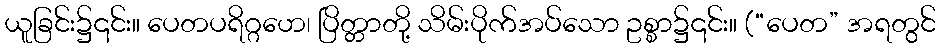
ယူခြင်း၌၎င်း။ ပေတပရိဂ္ဂဟေ၊ ပြိတ္တာတို့ သိမ်းပိုက်အပ်သော ဥစ္စာ၌၎င်း။ (“ပေတ” အရတွင်